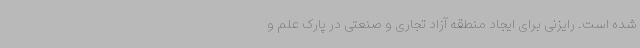
شده است. رایزنی برای ایجاد منطقه آزاد تجاری و صنعتی در پارک علم و